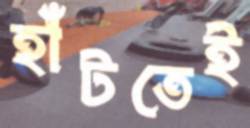
হাঁটতেই